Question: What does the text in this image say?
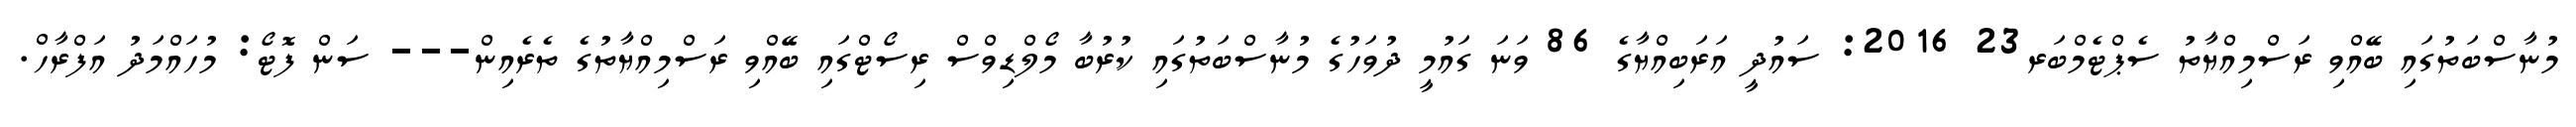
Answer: މުނާސްބަތުގައި ބޭއްވި ރަސްމިއްޔާތު ސެޕްޓެމްބަރ23 2016: ސައުދީ އަރަބިއްޔާގެ 86 ވަނަ ގައުމީ ދުވަހުގެ މުނާސްބަތުގައި ކުރުބާ މޯލްޑިވްސް ރިސޯޓްގައި ބޭއްވި ރަސްމިއްޔާތުގެ ތެރެއިން--- ސަން ފޮޓޯ: މުހައްމަދު އަފްރާހް.